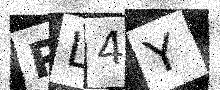
Text: RL4Y